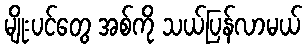
မျိုးပင်တွေ အစ်ကို သယ်ပြန်လာမယ်